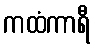
ကထံကာရီ